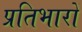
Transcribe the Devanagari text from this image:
प्रतिभारों